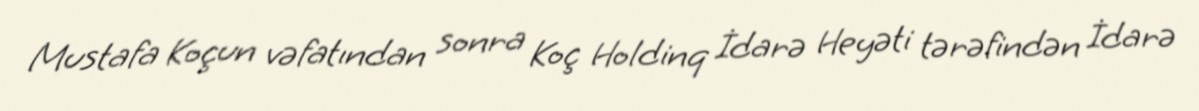
Mustafa Koçun vəfatından sonra Koç Holdinq İdarə Heyəti tərəfindən İdarə